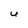
Character: u